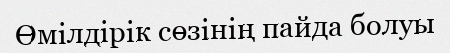
Өмілдірік сөзінің пайда болуы